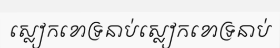
ស្លៀកខោទ្រនាប់ស្លៀកខោទ្រនាប់